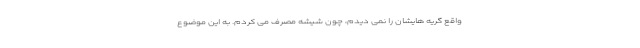
واقع گریه هایشان را نمی دیدم، چون شیشه مصرف می کردم. به این موضوع